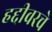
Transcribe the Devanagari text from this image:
हद्दीवरचे